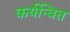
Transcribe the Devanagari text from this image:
कर्यन्वित